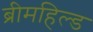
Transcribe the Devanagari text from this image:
ब्रीमहिल्ड